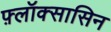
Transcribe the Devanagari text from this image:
फ़्लॉक्सासिन